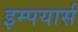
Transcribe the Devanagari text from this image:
इम्पयार्स